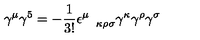
\gamma ^ { \mu } \gamma ^ { 5 } = - \frac { 1 } { 3 ! } \epsilon _ { \quad \kappa \rho \sigma } ^ { \mu } \gamma ^ { \kappa } \gamma ^ { \rho } \gamma ^ { \sigma }